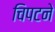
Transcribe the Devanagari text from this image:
चिपटने